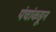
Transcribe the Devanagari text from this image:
पंचांकडून